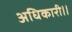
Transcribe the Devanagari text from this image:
अधिकारी।।